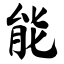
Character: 能